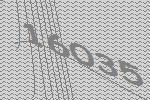
16035